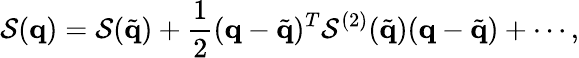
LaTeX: \mathcal{S}(\mathbf{{q}})=\mathcal{S}(\tilde{{\mathbf{{q}}}})+\frac{{1}}{{2}}(\mathbf{{q}}-\tilde{{\mathbf{{q}}}})^{T}\mathcal{S}^{(2)}(\tilde{{\mathbf{{q}}}})(\mathbf{{q}}-\tilde{{\mathbf{{q}}}})+\cdots,